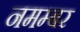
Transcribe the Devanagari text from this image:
नमम्बर